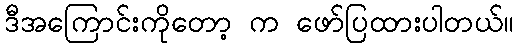
ဒီအကြောင်းကိုတော့ က ဖော်ပြထားပါတယ်။